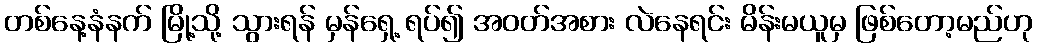
တစ်နေ့နံနက် မြို့သို့ သွားရန် မှန်ရှေ့ ရပ်၍ အဝတ်အစား လဲနေရင်း မိန်းမယူမှ ဖြစ်တော့မည်ဟု